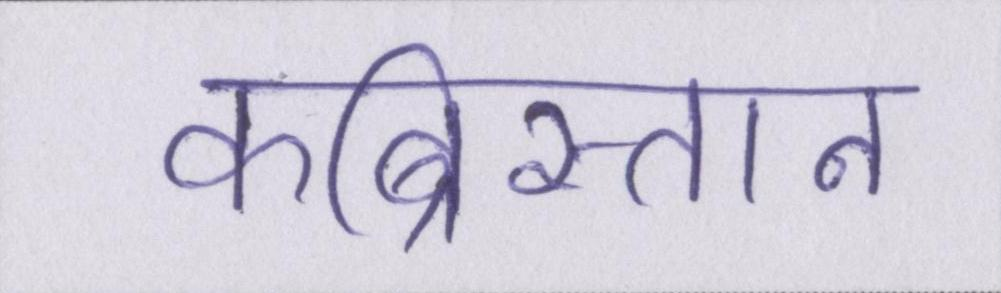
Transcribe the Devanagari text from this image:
कब्रिस्तान